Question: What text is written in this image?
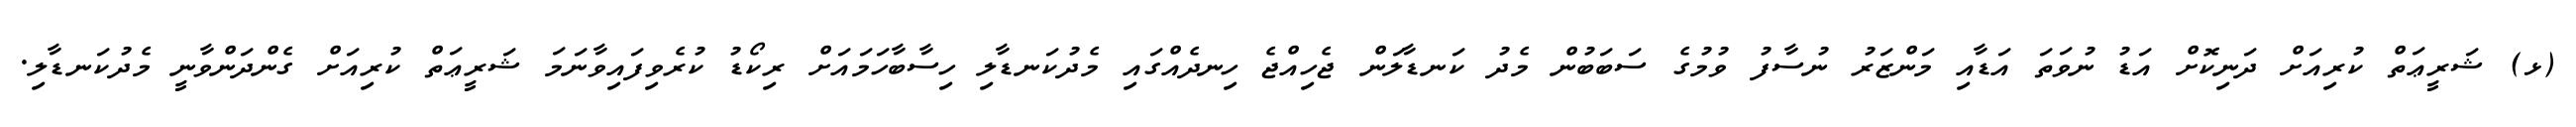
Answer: (ޅ) ޝަރީޢަތް ކުރިއަށް ދަނިކޮށް އަޑު ނުވަތަ އަޑާއި މަންޒަރު ނުސާފު ވުމުގެ ސަބަބުން މެދު ކަނޑާލަން ޖެހިއްޖެ ހިނދެއްގައި މެދުކަނޑާލި ހިސާބާހަމައަށް ރިކޯޑު ކުރެވިފައިވާނަމަ ޝަރީޢަތް ކުރިއަށް ގެންދަންވާނީ މެދުކަނޑާލި.